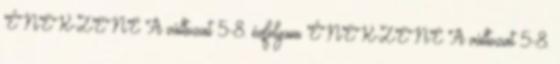
ÉNEK-ZENE A változat 5-8. évfolyam ÉNEK-ZENE A változat 5-8.